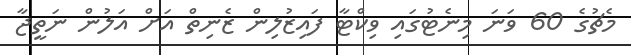
މެޗުގެ 60 ވަނަ މިނެޓުގައި ވިކްޓާ ފައިޒުލިން ޒެނިތް އަށް އަލުން ނަތީޖާ